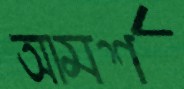
আমর্শ